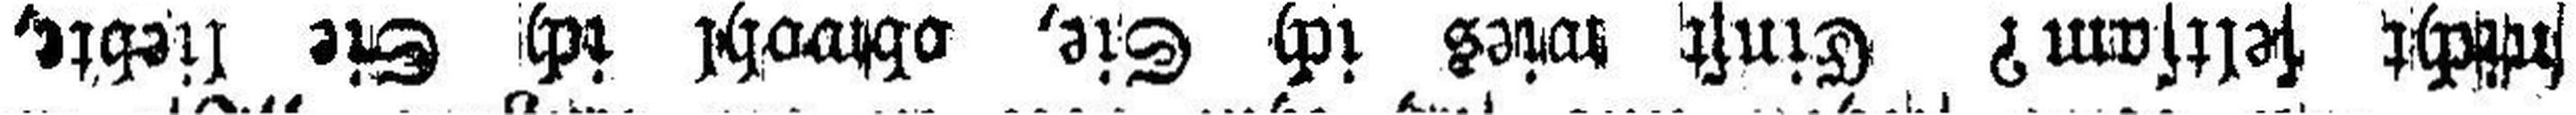
nicht seltsam? Einst wies ich Sie, obwohl ich Sie liebte,